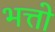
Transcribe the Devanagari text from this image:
भत्तो